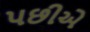
પછીએ